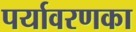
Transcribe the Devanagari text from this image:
पर्यावरणका